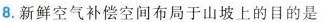
8.新鲜空气补偿空间布局于山坡上的目的是